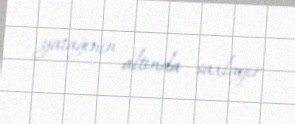
yatağının altında saxlayır.